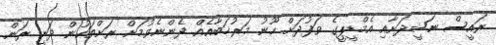
ރައީސް ނަޝީދަށާއި އެމްޑީޕީގެ ވަފުދަށް ހޫނު މަރުޚަބާއެއް ދެންނެވުމަށް ރަށްތަކުން ދަނީ ރަން